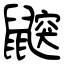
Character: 鼵